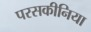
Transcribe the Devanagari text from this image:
परसकीनिया